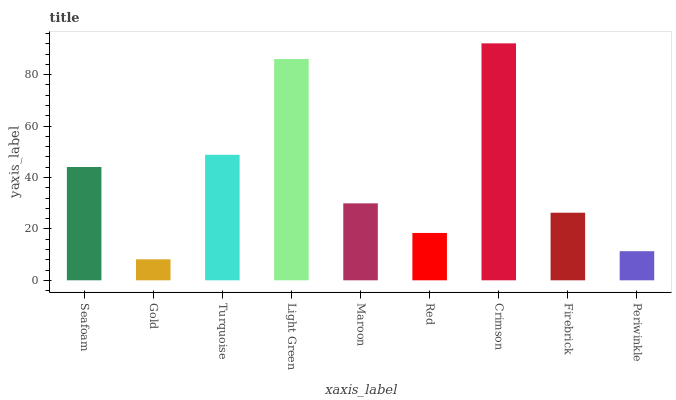
| xaxis_label | bars |
 | --- | --- |
 | Seafoam | 44.1 |
 | Gold | 8.16 |
 | Turquoise | 48.8 |
 | Light Green | 86.1 |
 | Maroon | 29.9 |
 | Red | 18.4 |
 | Crimson | 92.2 |
 | Firebrick | 26.3 |
 | Periwinkle | 11.3 |